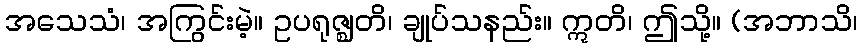
အသေသံ၊ အကြွင်းမဲ့။ ဥပရုဇ္ဈတိ၊ ချုပ်သနည်း။ ဣတိ၊ ဤသို့။ (အဘာသိ၊